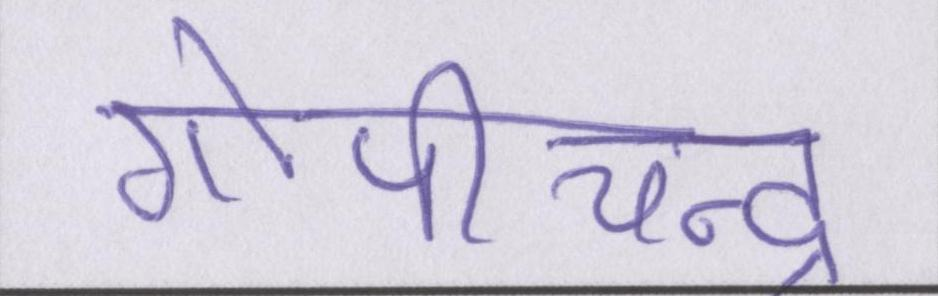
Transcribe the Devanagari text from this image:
गोपीचन्द्र